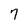
Character: 7